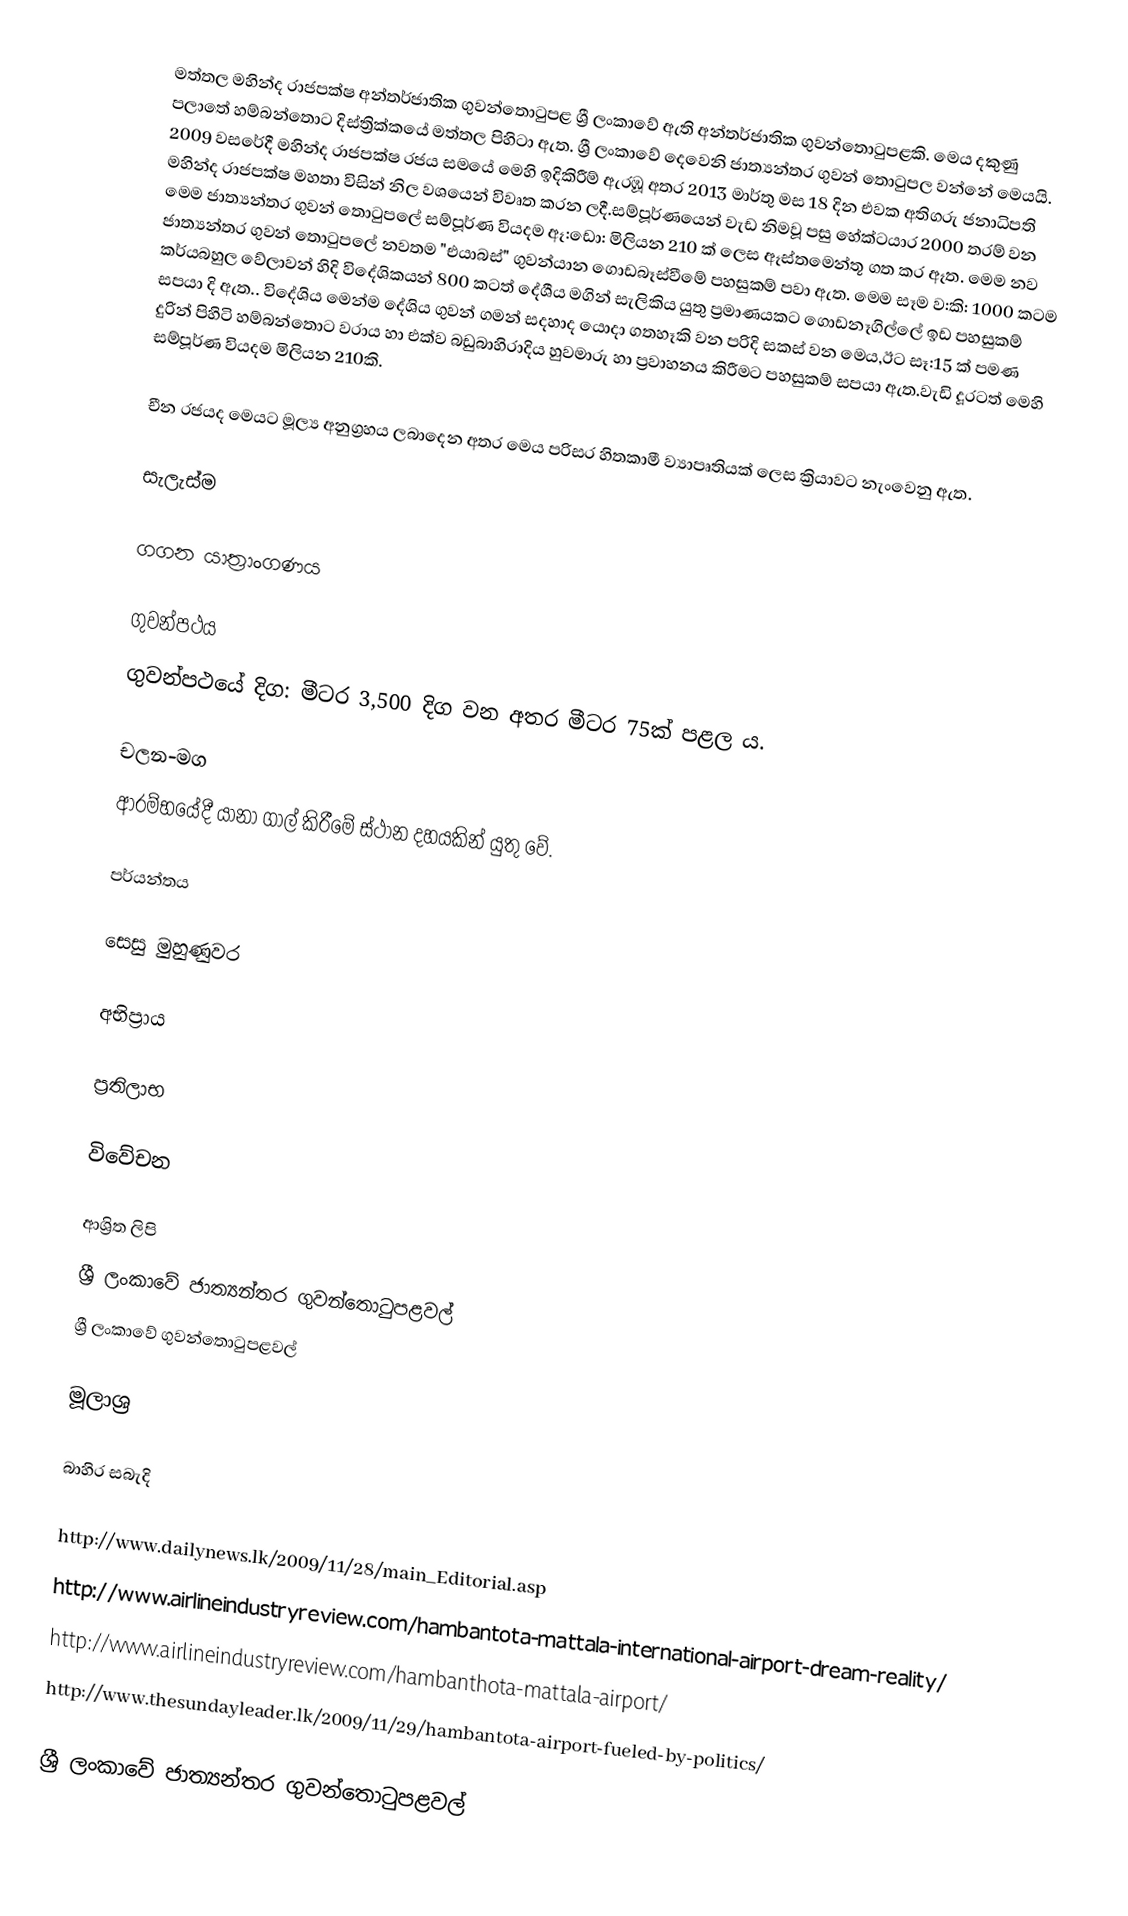
මත්තල මහින්ද රාජපක්ෂ අන්තර්ජාතික ගුවන්තොටුපළ ශ්‍රී ලංකාවේ ඇති අන්තර්ජාතික ගුවන්තොටුපළකි. මෙය දකුණු පලාතේ හම්බන්තොට දිස්ත්‍රික්කයේ මත්තල  පිහිටා ඇත. ශ්‍රී ලංකාවේ දෙවෙනි ජාත්‍යන්තර ගුවන් තොටුපල වන්නේ මෙයයි. 2009 වසරේදී මහින්ද රාජපක්ෂ රජය සමයේ මෙහි ඉදිකිරීම් ඇරඹූ අතර 2013 මාර්තු මස 18 දින එවක අතිගරු ජනාධිපති මහින්ද රාජපක්ෂ මහතා විසින් නිල වශයෙන් විවෘත කරන ලදී.සම්පූර්ණයෙන් වැඩ නිමවූ පසු හේක්ටයාර 2000 තරම් වන මෙම ජාත්‍යන්තර ගුවන් තොටුපලේ සම්පූර්ණ වියදම ඈ:ඩො: මිලියන 210 ක් ලෙස ඈස්තමෙන්තූ ගත කර ඈත.   මෙම නව ජාත්‍යන්තර ගුවන් තොටුපලේ නවතම "එයාබස්" ගුවන්යාන ගොඩබෑස්වීමේ පහසුකම් පවා ඇත. මෙම සෑම ව:කි: 1000 කටම කර්යබහුල වේලාවන් හිදි විදේශිකයන් 800 කටත් දේශීය මගින් සැලිකිය යුතු ප්‍රමාණයකට ගොඩනෑගිල්ලේ ඉඩ පහසුකම් සපයා දි ඇත.. විදේශිය මෙන්ම දේශිය ගුවන් ගමන් සදහාද යොදා ගතහෑකි වන පරිදි සකස් වන මෙය,ඊට සෑ:15 ක් පමණ දුරින් පිහිටි හම්බන්තොට වරාය හා එක්ව බඩුබාහිරාදිය හුවමාරු හා ප්‍රවාහනය කිරීමට පහසුකම් සපයා ඇත.වැඩි දූරටත් මෙහි සම්පූර්ණ වියදම මිලියන 210කි.

චීන රජයද මෙයට මූල්‍ය අනුග්‍රහය ලබාදෙන අතර මෙය පරිසර හිතකාමී ව්‍යාපෘතියක් ලෙස ක්‍රියාවට නැංවෙනු ඇත.

සැලැස්ම

ගගන යාත්‍රාංගණය

ගුවන්පථය
ගුවන්පථයේ දිග: මීටර 3,500 දිග වන අතර මීටර 75ක්‌ පළල ය.

චලන-මග
ආරම්භයේදී යානා ගාල් කිරීමේ ස්ථාන දහයකින් යුතු වේ.

පර්යන්තය

සෙසු මුහුණුවර

අභිප්‍රාය

ප්‍රතිලාභ

විවේචන

ආශ්‍රිත ලිපි
ශ්‍රී ලංකාවේ ජාත්‍යන්තර ගුවන්තොටුපළවල්
ශ්‍රී ලංකාවේ ගුවන්තොටුපළවල්

මූලාශ්‍ර

බාහිර සබැදි

 http://www.dailynews.lk/2009/11/28/main_Editorial.asp
 http://www.airlineindustryreview.com/hambantota-mattala-international-airport-dream-reality/
 http://www.airlineindustryreview.com/hambanthota-mattala-airport/
 http://www.thesundayleader.lk/2009/11/29/hambantota-airport-fueled-by-politics/

ශ්‍රී ලංකාවේ ජාත්‍යන්තර ගුවන්තොටුපළවල්